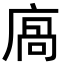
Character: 㢐